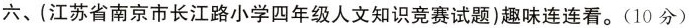
六、(江苏省南京市长江路小学四年级人文知识竞赛试题)趣味连连看。(10分)